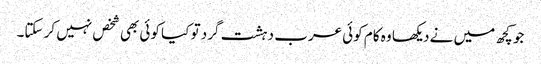
جو کچھ میں نے دیکھا وہ کام کوئی عرب دہشت گرد تو کیا کوئی بھی شخص نہیں کر سکتا۔